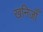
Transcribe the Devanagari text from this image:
खनिजोँ